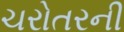
ચરોતરની